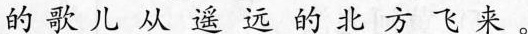
的歌儿从遥远的北方飞来。